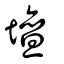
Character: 壜